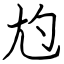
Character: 尥